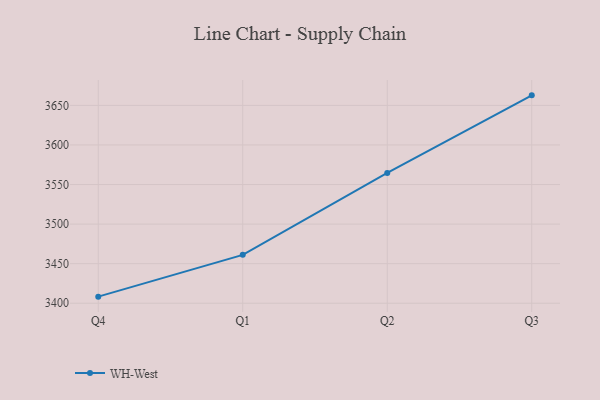
{"axis": {"x": "Quarter", "y": "Operating Costs (USD K)"}, "legend": ["WH-West"], "data": [{"x": "Q4", "y": 3408.3, "type": "WH-West"}, {"x": "Q1", "y": 3461.1, "type": "WH-West"}, {"x": "Q2", "y": 3564.6, "type": "WH-West"}, {"x": "Q3", "y": 3662.7, "type": "WH-West"}]}